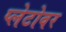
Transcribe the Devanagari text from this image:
प्लेटोवर